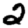
Digit: 2